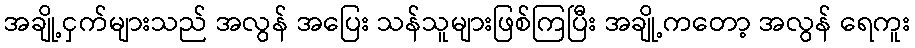
အချို့ငှက်များသည် အလွန် အပြေး သန်သူများဖြစ်ကြပြီး အချို့ကတော့ အလွန် ရေကူး